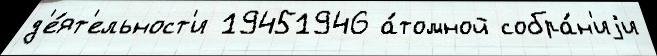
д'е́ят'ельност'и 19451946 а́томной собра́н'иjи